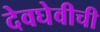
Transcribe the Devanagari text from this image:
देवघेवीची